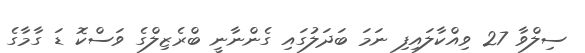
ސިލްވާ 27 ވިއްކާލައިފި ނަމަ ބަދަލުގައި ގެންނާނީ ބްރެޒިލްގެ ވަސްކޮ ޑަ ގާމާގެ